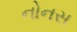
નોનસ